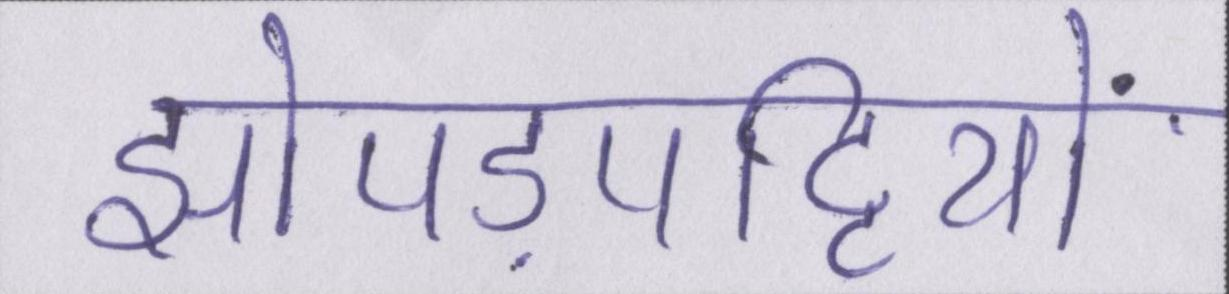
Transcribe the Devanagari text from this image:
झोपड़पट्टियों